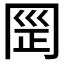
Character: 𰃪